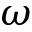
\omega